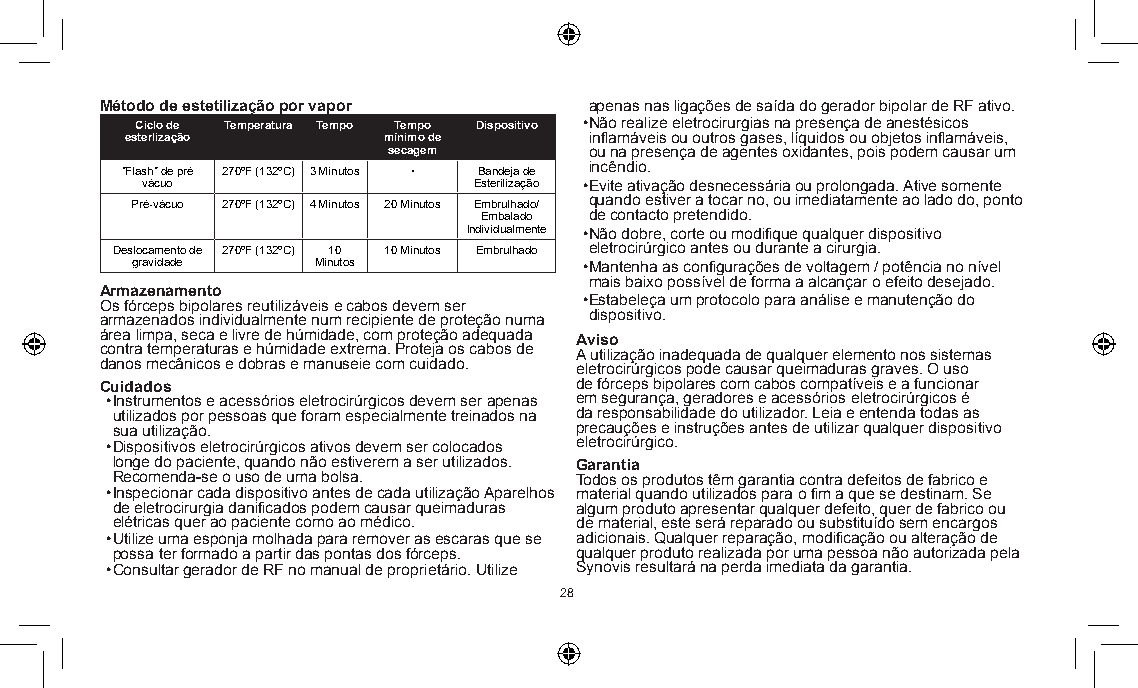
Método de estetilização por vapor apenas nas ligações de saída do gerador bipolar de RF ativo.
 Ciclo de Temperatura Tempo Tempo Dispositivo • Não realize eletrocirurgias na presença de anestésicos
 esterlização     mínimo de     inflamáveis ou outros gases, líquidos ou objetos inflamáveis,
 secagem      ou na presença de agentes oxidantes, pois podem causar um
 "Flash" de pré 270ºF (132ºC) 3 Minutos • Bandeja de incêndio.
 vácuo                 Esterilização • Evite ativação desnecessária ou prolongada. Ative somente
 Pré-vácuo 270ºF (132ºC) 4 Minutos 20 Minutos Embrulhado/ quando estiver a tocar no, ou imediatamente ao lado do, ponto
 Embalado de contacto pretendido.
 Individualmente • Não dobre, corte ou modifique qualquer dispositivo
 Deslocamento de 270ºF (132ºC) 10 10 Minutos Embrulhado eletrocirúrgico antes ou durante a cirurgia.
 gravidade   Minutos           • Mantenha as configurações de voltagem / potência no nível
 mais baixo possível de forma a alcançar o efeito desejado.
 Armazenamento
 Os fórceps bipolares reutilizáveis e cabos devem ser • Estabeleça um protocolo para análise e manutenção do
 armazenados individualmente num recipiente de proteção numa dispositivo.
 área limpa, seca e livre de húmidade, com proteção adequada Aviso
 contra temperaturas e húmidade extrema. Proteja os cabos de A utilização inadequada de qualquer elemento nos sistemas
 danos mecânicos e dobras e manuseie com cuidado. eletrocirúrgicos pode causar queimaduras graves. O uso
 Cuidados                       de fórceps bipolares com cabos compatíveis e a funcionar
 • Instrumentos e acessórios eletrocirúrgicos devem ser a penas em segurança, geradores e acessórios eletrocirúrgicos é
 utilizados por pessoas que foram especialmente treinados na da responsabilidade do utilizador. Leia e entenda todas as
 sua utilização.                precauções e instruções antes de utilizar qualquer dispositivo
 • Dispositivos eletrocirúrgicos ativos devem ser colocados eletrocirúrgico.
 longe do paciente, quando não estiverem a ser utilizados. Garantia
 Recomenda-se o uso de uma bolsa. Todos os produtos têm garantia contra defeitos de fabrico e
 • Inspecionar cada dispositivo antes de cada utilização Aparelhos material quando utilizados para o fim a que se destinam. Se
 de eletrocirurgia danificados podem causar queimaduras algum produto apresentar qualquer defeito, quer de fabrico ou
 elétricas quer ao paciente como ao médico. de material, este será reparado ou substituído sem encargos
 • Utilize uma esponja molhada para remover as escaras que se adicionais. Qualquer reparação, modificação ou alteração de
 possa ter formado a partir das pontas dos fórceps. qualquer produto realizada por uma pessoa não autorizada pela
 • Consultar gerador de RF no manual de proprietário. Utilize Synovis resultará na perda imediata da garantia.
 28